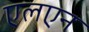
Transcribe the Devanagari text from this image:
एलएन